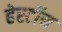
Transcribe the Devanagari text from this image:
हेर्स्टोन